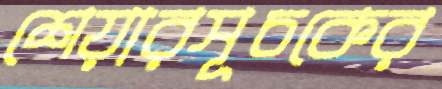
শেয়ারসূচকের